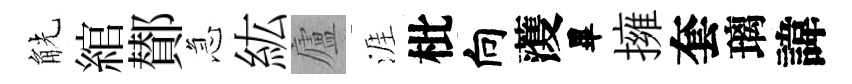
觥綰鄼急紘廬涯枇向𮑮畢擁套璃諱